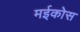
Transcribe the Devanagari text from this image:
मईकोस